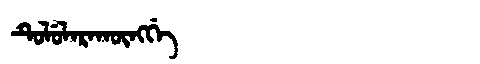
Manchu: ᡨᡠᠯᡠᠯᠠᡵᠠᡴᡡᠩᡤᡝ
Romanization: TULULARAKŪNGGE